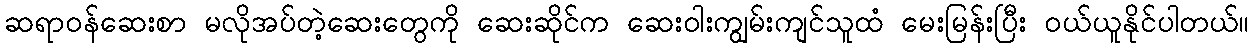
ဆရာဝန်ဆေးစာ မလိုအပ်တဲ့ဆေးတွေကို ဆေးဆိုင်က ဆေးဝါးကျွမ်းကျင်သူထံ မေးမြန်းပြီး ဝယ်ယူနိုင်ပါတယ်။